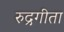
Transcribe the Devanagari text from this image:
रुद्रगीता